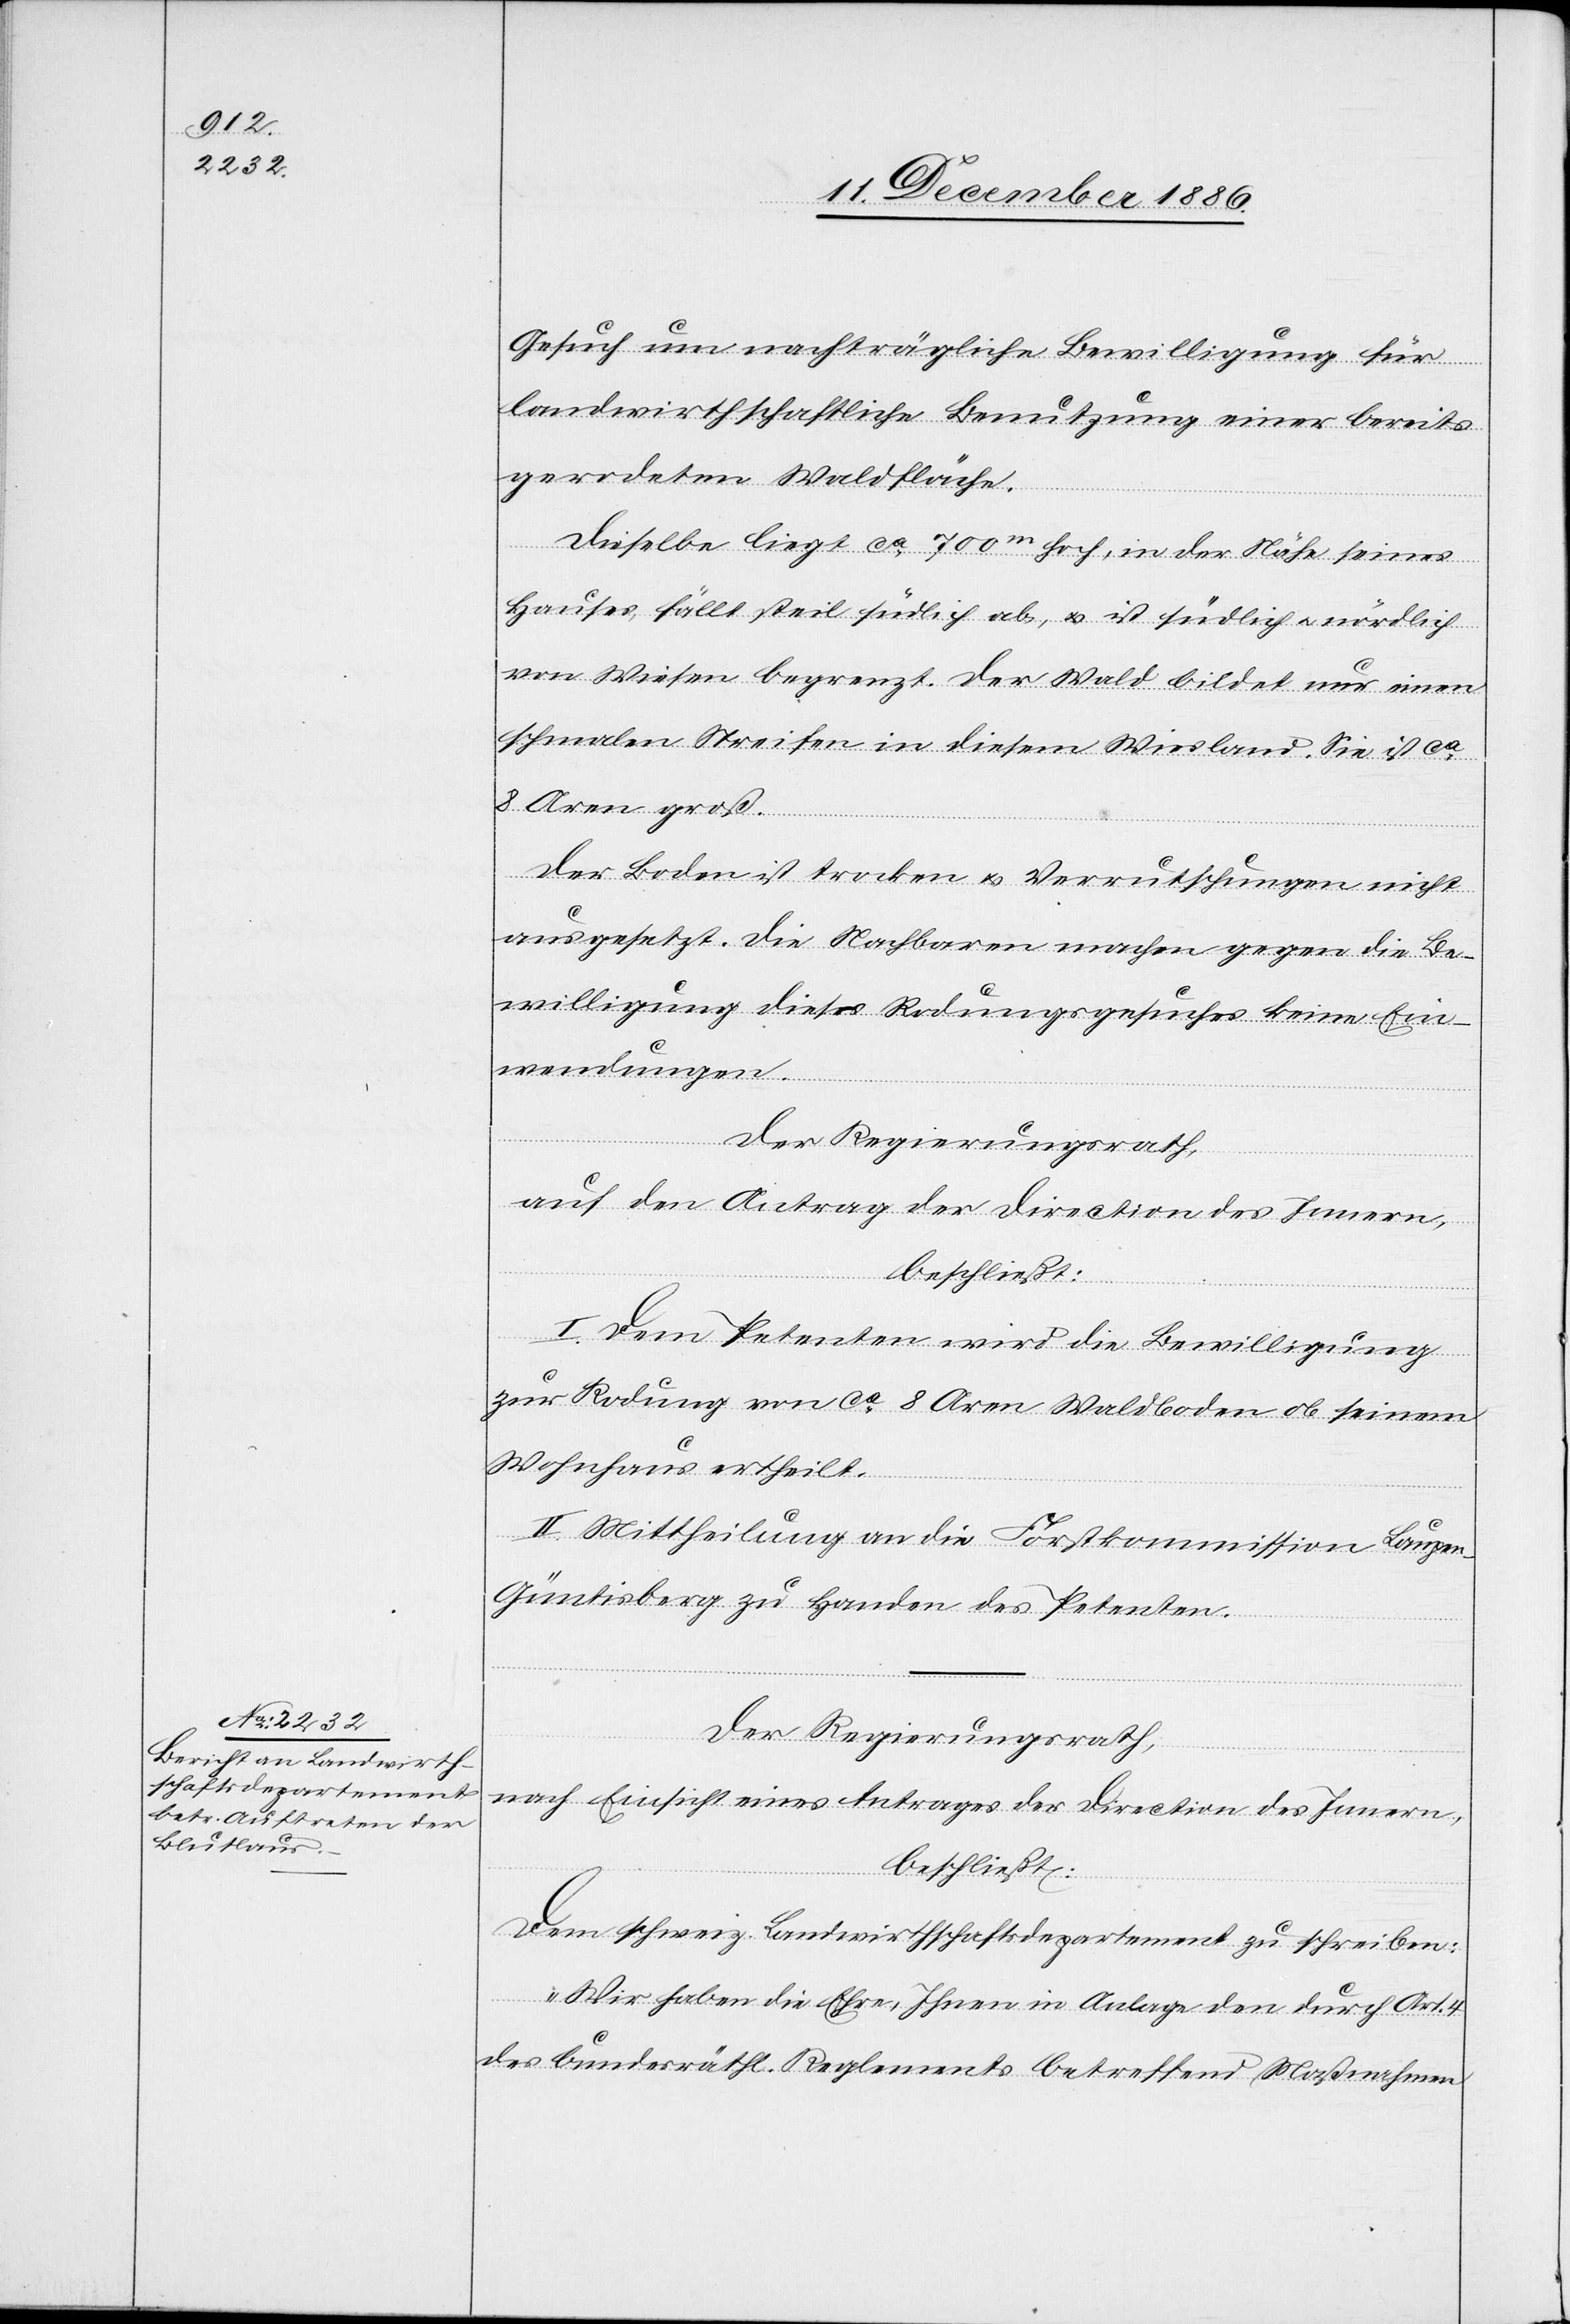
Gesuch um nachträgliche Bewilligung für
landwirthschaftliche Benutzung einer bereits
gerodeten Waldfläche.
Dieselbe liegt ca 700m hoch, in der Nähe seines
Hauses, fällt steil südlich ab, & ist südlich & nördlich
von Wiesen begrenzt. Der Wald bildet nur einen
schmalen Streifen in diesem Wiesland. Sie ist ca
8 Aren groß.
Der Boden ist trocken & Verrutschungen nicht
ausgesetzt. Die Nachbaren machen gegen die Be¬
willigung dieses Rodungsgesuches keine Ein¬
wendungen.
Der Regierungsrath,
auf den Antrag der Direction des Innern,
beschließt:
I. Dem Petenten wird die Bewilligung
zur Rodung von ca 8 Aren Waldboden ob seinem
Wohnhaus ertheilt.
II. Mittheilung an die Forstkommission Laupen-G¬
üntisberg zu Handen des Petenten.
Der Regierungsrath,
nach Einsicht eines Antrages der Direction des Innern,
beschließt:
Dem schweiz. Landwirthschaftsdepartement zu schreiben:
„Wir haben die Ehre, Ihnen in Anlage den durch Art. 4
des bundesräthl. Reglements betreffend Maßnahmen